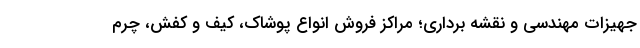
جهیزات مهندسی و نقشه برداری؛ مراکز فروش انواع پوشاک، کیف و کفش، چرم